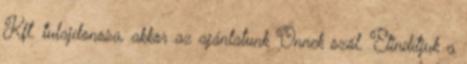
Kft. tulajdonosa, akkor az ajánlatunk Önnek szól. Elindítjuk a